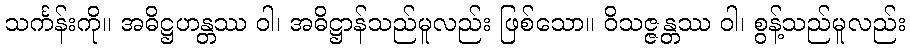
သင်္ကန်းကို။ အဓိဋ္ဌဟန္တဿ ဝါ၊ အဓိဋ္ဌာန်သည်မူလည်း ဖြစ်သော။ ဝိသဇ္ဇန္တဿ ဝါ၊ စွန့်သည်မူလည်း